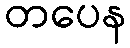
တပေန